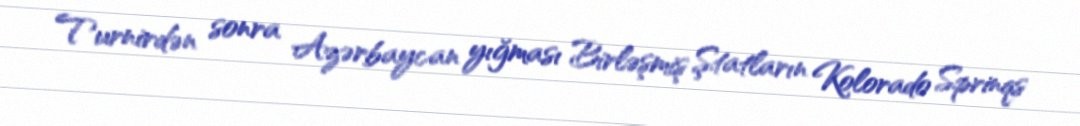
Turnirdən sonra Azərbaycan yığması Birləşmiş Ştatların Kolorado Sprinqs